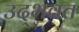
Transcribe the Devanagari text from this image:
उद्‌भवत